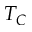
T _ { C }